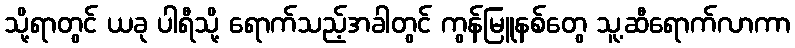
သို့ရာတွင် ယခု ပါရီသို့ ရောက်သည့်အခါတွင် ကွန်မြူနစ်တွေ သူ့ဆီရောက်လာကာ